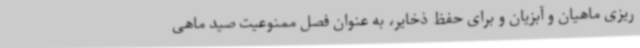
ریزی ماهیان و آبزیان و برای حفظ ذخایر، به عنوان فصل ممنوعیت صید ماهی